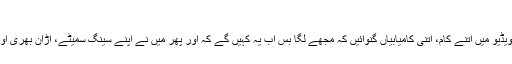
(فوٹو: انٹرنیٹ)
انہوں نے چند منٹ کی ویڈیو میں اتنے کام، اتنی کامیابیاں گنوائیں کہ مجھے لگا بس اب یہ کہیں گے کہ اور پھر میں نے اپنے سینگ سمیٹے، اڑان بھری اور دوسرے ملک جا اترا۔